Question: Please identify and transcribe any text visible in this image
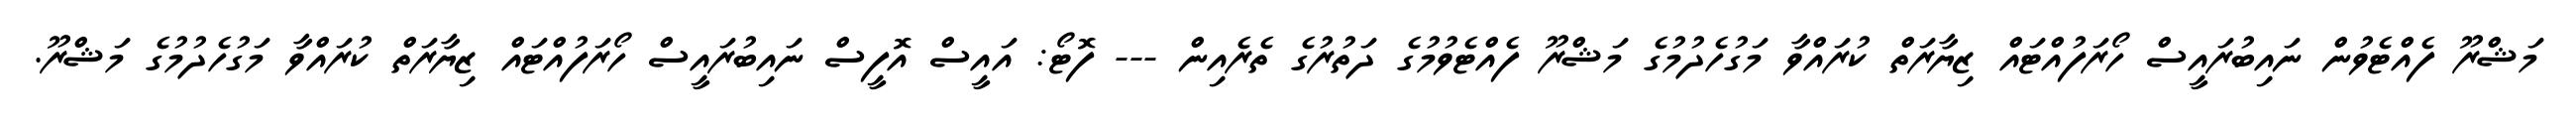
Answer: މަޝްރޫ ފެއްޓެވުން ނައިބުރައީސް ހޯރަފުއްޓައް ޒިޔާރަތް ކުރައްވާ މަގުހެދުމުގެ މަޝްރޫ ފެއްޓެވުމުގެ ދަތުރުގެ ތެރެއިން --- ފޮޓޯ: އައީސް އޮފީސް ނައިބުރައީސް ހޯރަފުއްޓައް ޒިޔާރަތް ކުރައްވާ މަގުހެދުމުގެ މަޝްރޫ.